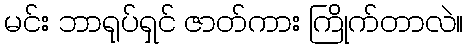
မင်း ဘာရုပ်ရှင် ဇာတ်ကား ကြိုက်တာလဲ။